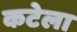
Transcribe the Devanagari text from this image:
कटेला